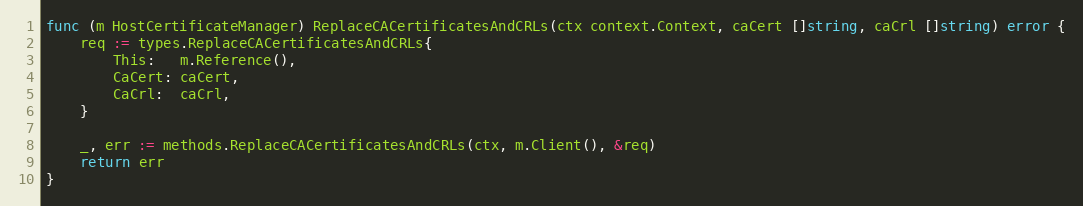
Language: Go
func (m HostCertificateManager) ReplaceCACertificatesAndCRLs(ctx context.Context, caCert []string, caCrl []string) error {
	req := types.ReplaceCACertificatesAndCRLs{
		This:   m.Reference(),
		CaCert: caCert,
		CaCrl:  caCrl,
	}

	_, err := methods.ReplaceCACertificatesAndCRLs(ctx, m.Client(), &req)
	return err
}